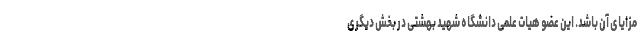
مزایای آن باشد. این عضو هیات علمی دانشگاه شهید بهشتی در بخش دیگری